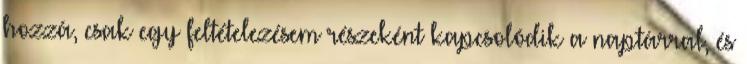
hozzá, csak egy feltételezésem részeként kapcsolódik a naptárral, és